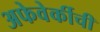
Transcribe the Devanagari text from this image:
अफेवेर्कीची